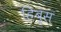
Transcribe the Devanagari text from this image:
हिब्स